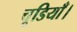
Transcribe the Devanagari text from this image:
चूडियाँ।